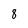
Character: 8